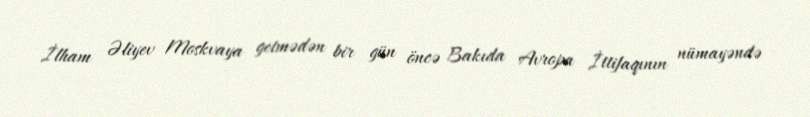
İlham Əliyev Moskvaya getmədən bir gün öncə Bakıda Avropa İttifaqının nümayəndə